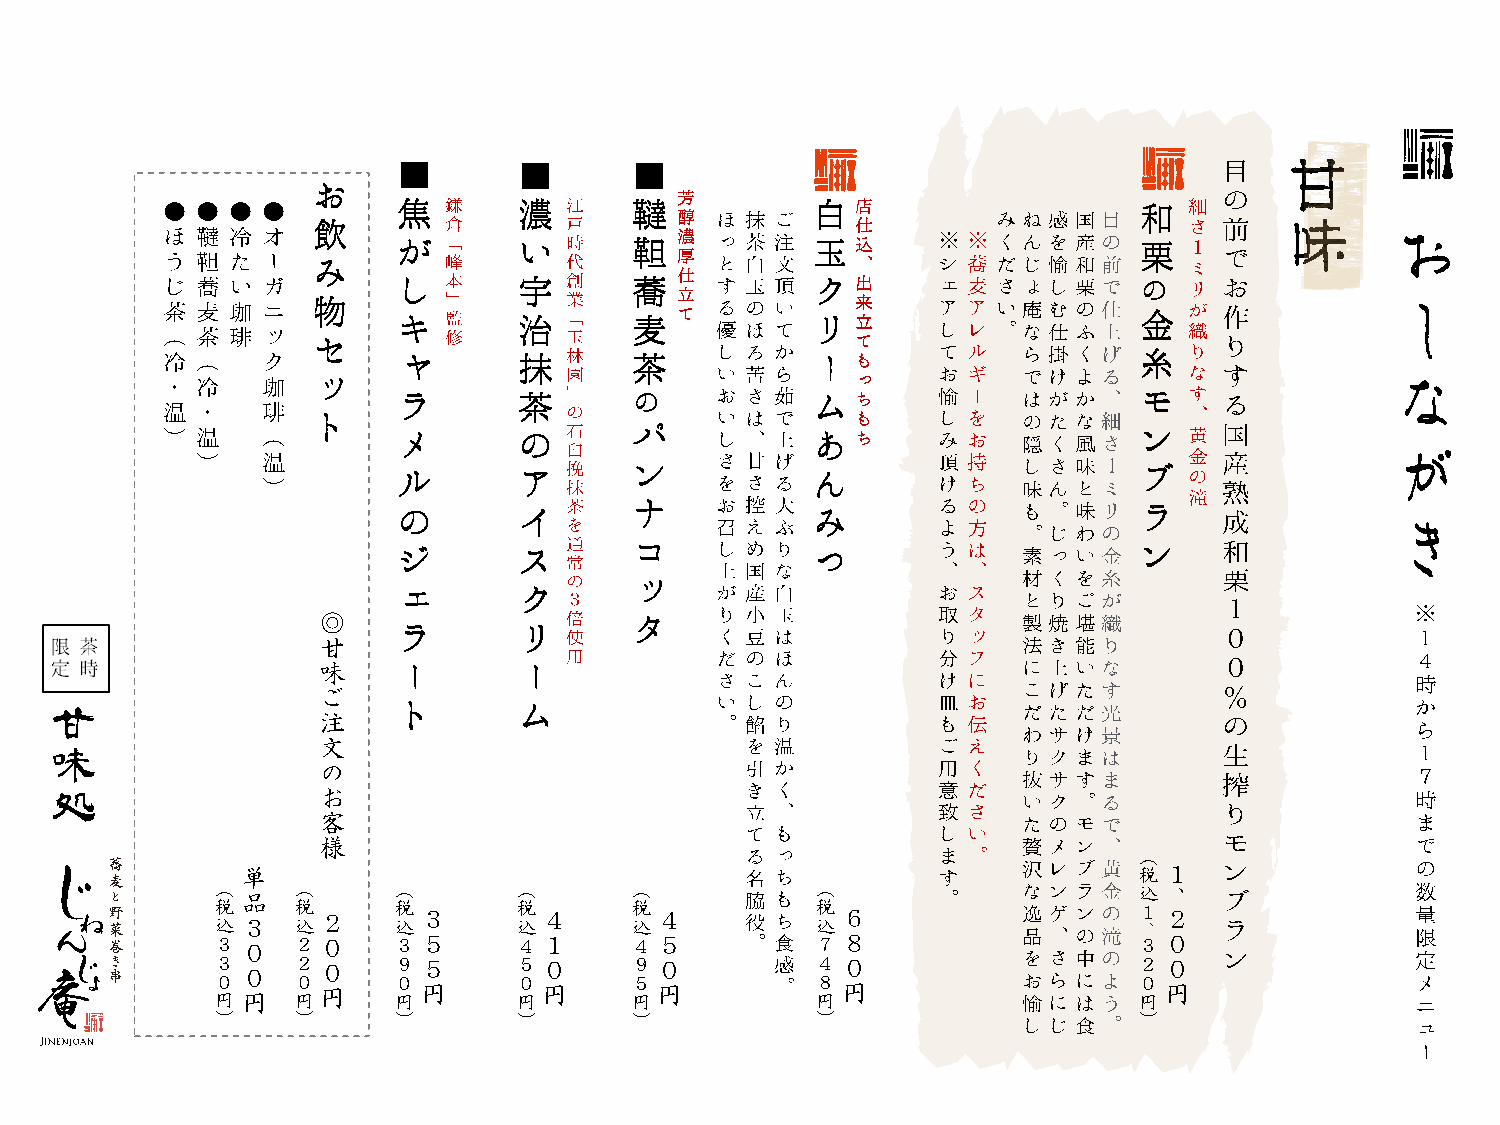
◎
 甘
 味
 ご
 甘
 注
 文
 味
 の
 処                お
 客
 様
 （
 単                                                          税 １
 （ 品   （     （       （       （           （                    込 、
 税 込 ３ 税 込 ２ 税 込 ３   税 込 ４   税 込 ４       税 込 ６                １ 、 ２
 ３ ０   ２ ０   ３ ５     ４ １     ４ ５         ７ ８                  ３ ０
 ３ ０   ２ ０   ９ ５     ５ ０     ９ ０         ４ ０                  ２ ０
 ０     ０     ０       ０       ５           ８                    ０
 円 円   円 円   円 円     円 円     円 円         円 円                  円 円
 ）     ）     ）       ）       ）           ）                    ）